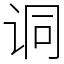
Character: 𫍣